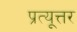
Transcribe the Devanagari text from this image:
प्रत्यूत्तर